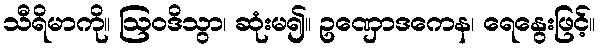
သီရိမာကို။ ဩဝဒိသွာ၊ ဆုံးမ၍။ ဥဏှောဒကေန၊ ရေနွေးဖြင့်။